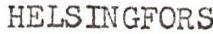
HELSINGFORS